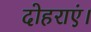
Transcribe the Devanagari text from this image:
दोहराएं।